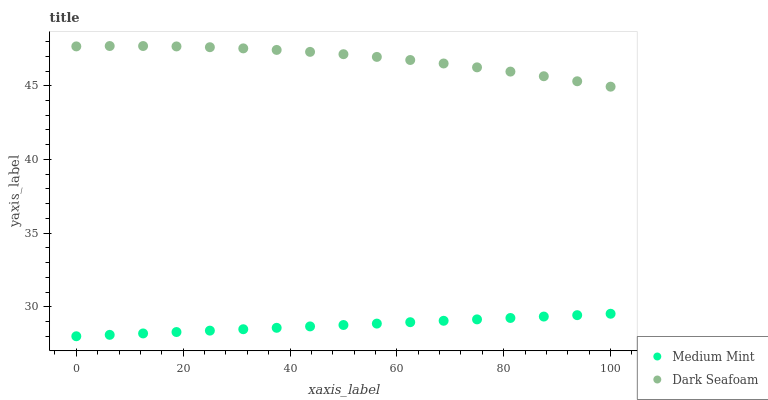
| xaxis_label | Medium Mint | Dark Seafoam |
 | --- | --- | --- |
 | 0 | 28 | 47.7 |
 | 6.25 | 28.1 | 47.7 |
 | 12.5 | 28.2 | 47.7 |
 | 18.8 | 28.3 | 47.7 |
 | 25 | 28.4 | 47.6 |
 | 31.2 | 28.5 | 47.5 |
 | 37.5 | 28.6 | 47.4 |
 | 43.8 | 28.7 | 47.3 |
 | 50 | 28.8 | 47.1 |
 | 56.2 | 28.9 | 47 |
 | 62.5 | 29 | 46.7 |
 | 68.8 | 29 | 46.5 |
 | 75 | 29.1 | 46.2 |
 | 81.2 | 29.2 | 46 |
 | 87.5 | 29.3 | 45.6 |
 | 93.8 | 29.4 | 45.3 |
 | 100 | 29.5 | 44.9 |